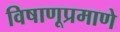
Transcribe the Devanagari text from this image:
विषाणूप्रमाणे